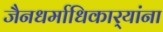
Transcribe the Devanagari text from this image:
जैनधर्माधिकार्‍यांना